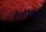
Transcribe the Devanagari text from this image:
परिवर्जितोऽसि।